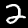
Label: 2